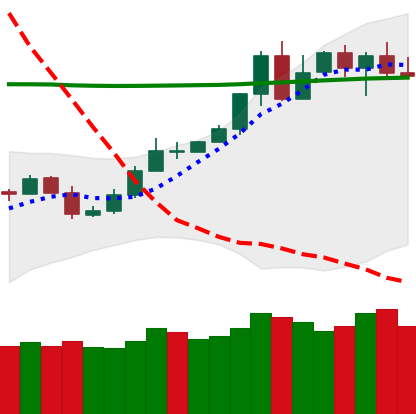
Ticker: TRX-USD
Chart end date: 2020-05-06
Forward return: -11.41%
Label: down_7plus